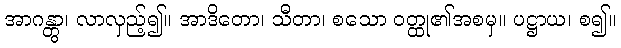
အာဂန္တွာ၊ လာလှည့်၍။ အာဒိတော၊ သီတာ၊ စသော ဝတ္ထု၏အစမှ။ ပဋ္ဌာယ၊ စ၍။